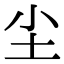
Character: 尘